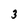
Character: 3